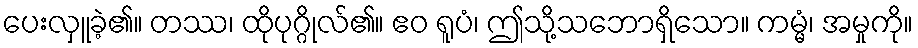
ပေးလှူခဲ့၏။ တဿ၊ ထိုပုဂ္ဂိုလ်၏။ ဧဝ ရူပံ၊ ဤသို့သဘောရှိသော။ ကမ္မံ၊ အမှုကို။